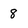
Character: 8